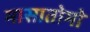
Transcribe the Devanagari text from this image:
मासातोमो